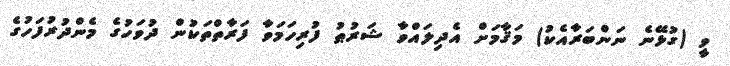
ވީ (ގުޅޭނެ ނަންބަރާއެކު) މަޤާމަށް އެދިލައްވާ ޝަރުޠު ފުރިހަމަވާ ފަރާތްތަކުން ދުވަހުގެ މެންދުރުފަހުގެ